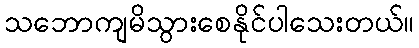
သဘောကျမိသွားစေနိုင်ပါသေးတယ်။